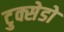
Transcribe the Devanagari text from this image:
टुक्सेडो